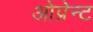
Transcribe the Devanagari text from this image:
ओप्रेन्ट